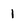
Character: I